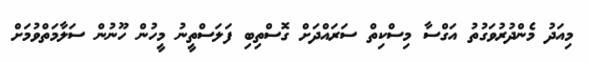
މިއަދު މެންދުރުވަގުތު އަގްސާ މިސްކިތް ސަރަައްދަށް ގޮސްތިބި ފަލަސްތީނު މީހުން ހޫނުން ސަލާމަތްވުމަށް